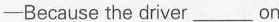
——Because the driver___on